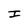
Character: I